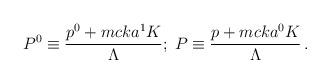
LaTeX: \begin{align*}P^{0}\equiv\frac{p^{0}+mcka^{1}K}{\Lambda};\;P\equiv\frac{p+mcka^{0}K}{\Lambda}\,.\end{align*}